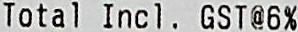
TOTAL INCL. GST@6%